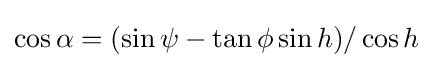
\cos \alpha =(\sin \psi -\tan \phi \sin h)/\cos h